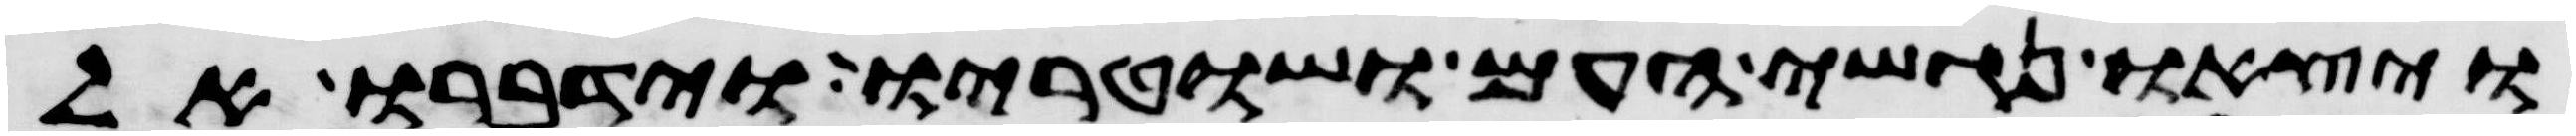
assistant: ויצאו נגשי העם ושוטריו וידברו אל